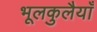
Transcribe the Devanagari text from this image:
भूलकुलैयाँ